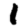
Digit: 1